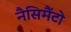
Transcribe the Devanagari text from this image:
नैसिमैंटो